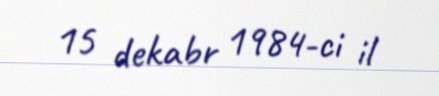
15 dekabr 1984-ci il